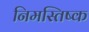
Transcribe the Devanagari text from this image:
निमस्तिष्क